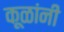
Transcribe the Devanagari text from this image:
कूळांनी